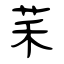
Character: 䒩